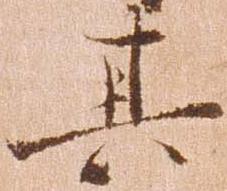
其